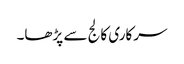
سرکاری کالج سے پڑھا۔